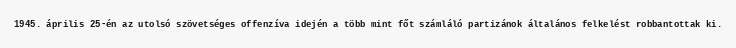
1945. április 25-én az utolsó szövetséges offenzíva idején a több mint főt számláló partizánok általános felkelést robbantottak ki.